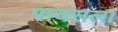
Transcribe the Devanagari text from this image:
पायसला